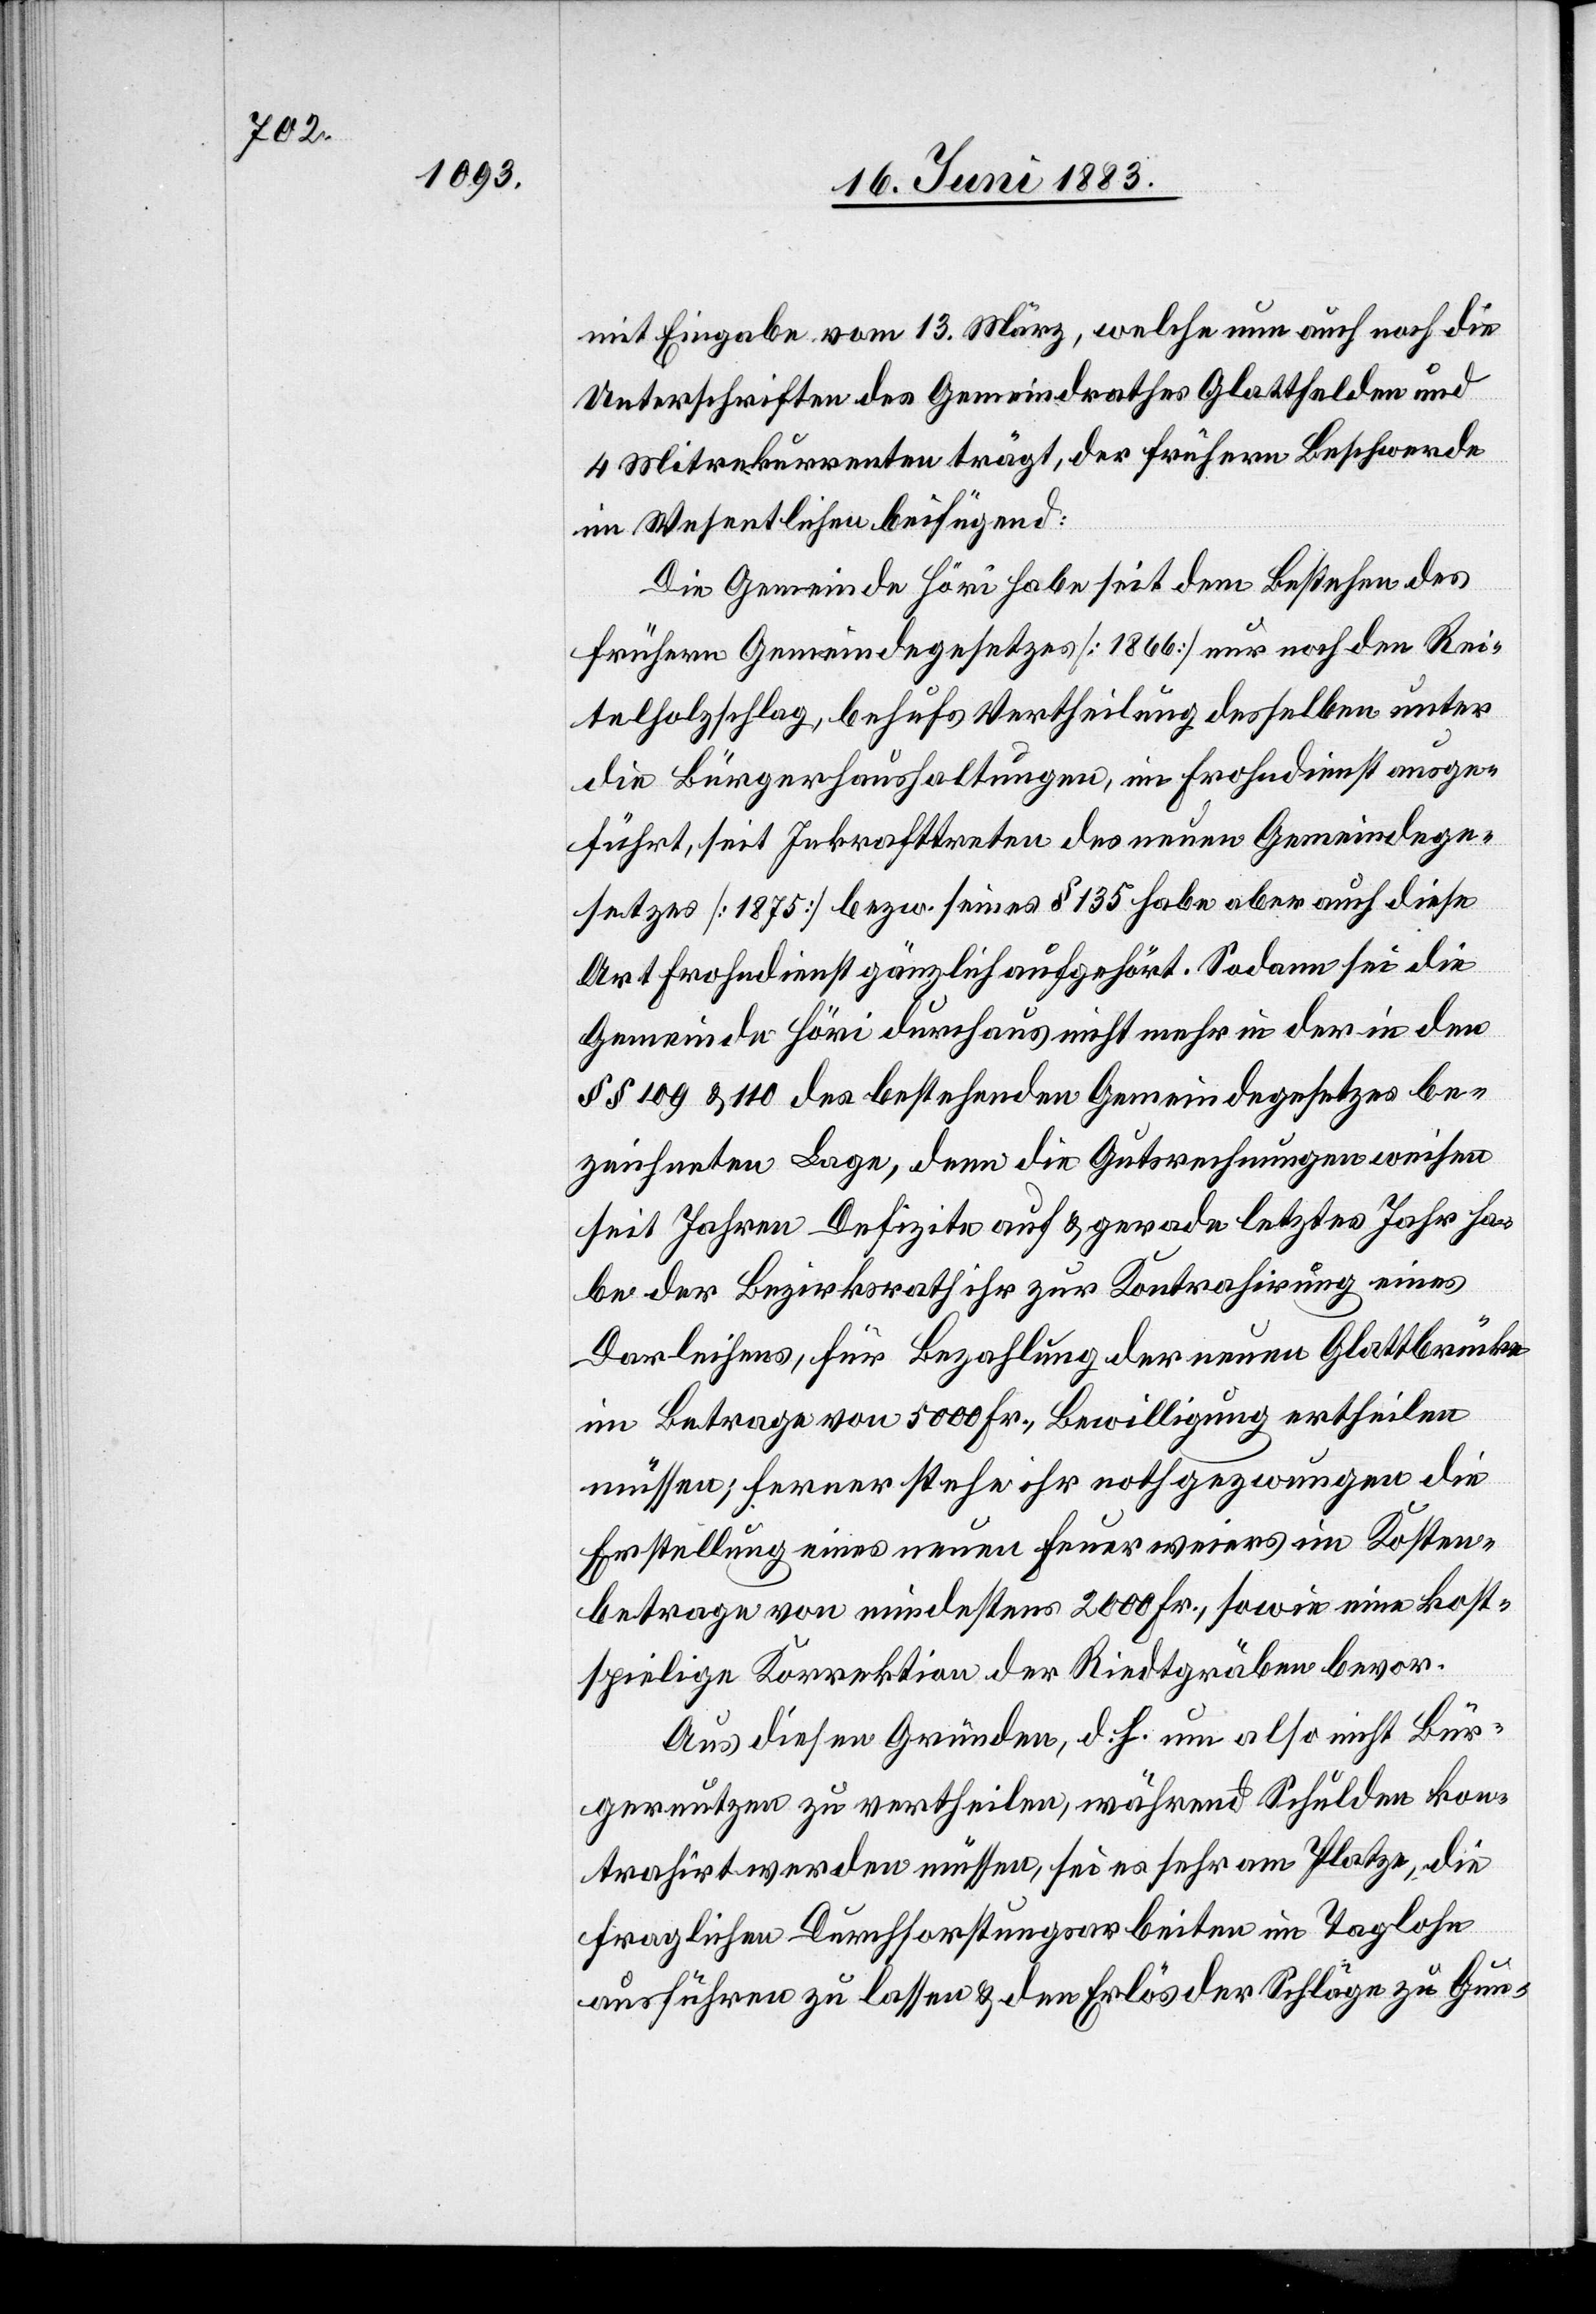
mit Eingabe vom 13. März, welche nun auch noch die
Unterschriften des Gemeindrathes Glattfelden und
4 Mitrekurrenten trägt, der frühern Beschwerde
im Wesentlichen beifügend:
Die Gemeinde Höri habe seit dem Bestehen des
frühern Gemeindegesetzes [1866] nur noch den Rei¬
telholzschlag, behufs Vertheilung desselben unter
die Bürgerhaushaltungen, im Frohndienst ausge¬
führt, seit Inkrafttreten des neuen Gemeindege¬
setzes [1875] bezw. seines § 135 habe aber auch diese
Art Frohndienst gänzlich aufgehört. Sodann sei die
Gemeinde Höri durchaus nicht mehr in der in den
§§ 109 & 110 des bestehenden Gemeindegesetzes be¬
zeichneten Lage, denn die Gutsrechnungen weisen
seit Jahren Defizite auf & gerade letztes Jahr ha¬
be der Bezirksrath ihr zur Kontrahirung eines
Darleihens, für Bezahlung der neuen Glattbrücke
im Betrage von 5000 Fr., Bewilligung ertheilen
müssen; ferner stehe ihr nothgezwungen die
Erstellung eines neuen Feuerweiers im Kosten¬
betrage von mindestens 2000 Fr., sowie eine kost¬
spielige Korrektion der Riedtgräben bevor.
Aus diesen Gründen, d. h. um also nicht Bür¬
gernutzen zu vertheilen, während Schulden kon¬
trahirt werden müssen, sei es sehr am Platze, die
fraglichen Durchforstungsarbeiten im Taglohn
ausführen zu lassen & den Erlös der Schläge zu Gun-